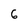
Character: 6